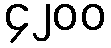
၄၂၀၀